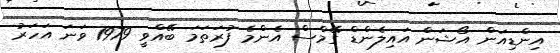
އިންޑިއަން އޯޝަން އައިލެންޑް ގޭމްސް އެންމެ ފުރަތަމަ ބޭއްވީ 1979 ވަނަ އަހަރު